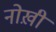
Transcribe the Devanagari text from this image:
नोख़ी